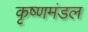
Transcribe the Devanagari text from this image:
कृष्णमंडल